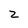
Character: 2